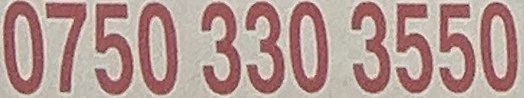
0750 330 3550